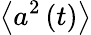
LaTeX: \left\langle a^{2}\left(t\right)\right\rangle